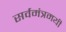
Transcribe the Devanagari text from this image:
सर्वमंत्रमयी